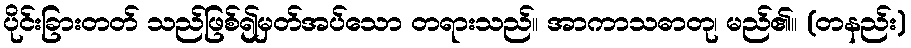
ပိုင်းခြားတတ် သည်ဖြစ်၍မှတ်အပ်သော တရားသည်။ အာကာသဓာတု၊ မည်၏။ (တနည်း)